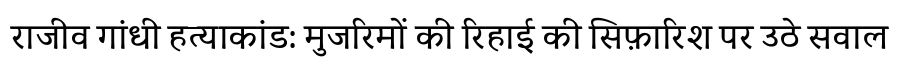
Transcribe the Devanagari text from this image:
राजीव गांधी हत्याकांड: मुजरिमों की रिहाई की सिफ़ारिश पर उठे सवाल